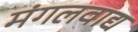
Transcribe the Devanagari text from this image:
मंगलवाद्य